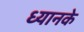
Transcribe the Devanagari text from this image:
ध्यानके